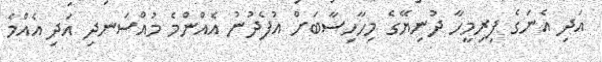
އަދި އެނަގެ ފިރިމީހާ ދުނިޔޭގެ މިހާހިސާބަށް އުފެދުނު އެއްންމެ މުއްސަނދި އަދި އެއްމެ